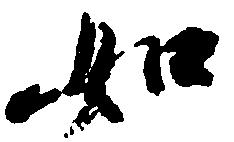
如